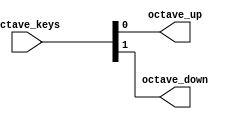
`timescale 1ns / 1ps

module OctaveControl(
    input wire [1:0] octave_keys, // Two keys for octave control
    output reg octave_up, // Octave up control
    output reg octave_down // Octave down control
);

always @(*) begin
    octave_up = octave_keys[0]; // Assuming first bit for octave up
    octave_down = octave_keys[1]; // Assuming second bit for octave down
end

endmodule